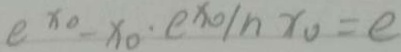
e ^ { x _ { 0 } } - x _ { 0 } \cdot e ^ { x _ { 0 } / h x _ { 0 } } = e